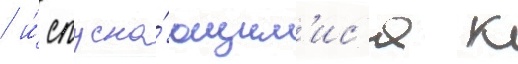
/ и́ спуска́ющим'ис'я к